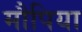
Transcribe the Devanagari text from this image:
मौपिया